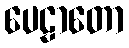
ပေဠာတော